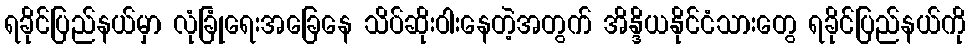
ရခိုင်ပြည်နယ်မှာ လုံခြုံရေးအခြေနေ သိပ်ဆိုးဝါးနေတဲ့အတွက် အိန္ဒိယနိုင်ငံသားတွေ ရခိုင်ပြည်နယ်ကို